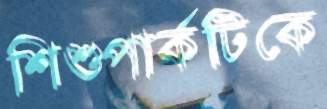
শিশুপার্কটিকে